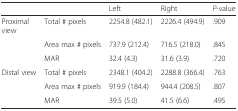
<table><thead><tr><td></td><td></td><td><b>Left</b></td><td><b>Right</b></td><td><b><i>P</i>-value</b></td></tr></thead><tbody><tr><td>Proximal view</td><td>Total # pixels</td><td>2254.8 (482.1)</td><td>2226.4 (494.9)</td><td>.909</td></tr><tr><td></td><td>Area max # pixels</td><td>737.9 (212.4)</td><td>716.5 (218.0)</td><td>.845</td></tr><tr><td></td><td>MAR</td><td>32.4 (4.3)</td><td>31.6 (3.9)</td><td>.720</td></tr><tr><td>Distal view</td><td>Total # pixels</td><td>2348.1 (404.2)</td><td>2288.8 (366.4)</td><td>.763</td></tr><tr><td></td><td>Area max # pixels</td><td>919.9 (184.4)</td><td>944.4 (208.5)</td><td>.807</td></tr><tr><td></td><td>MAR</td><td>39.5 (5.0)</td><td>41.5 (6.6)</td><td>.495</td></tr></tbody></table>